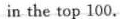
in the top 100.